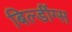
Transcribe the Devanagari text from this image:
बिल्डींग्स